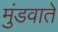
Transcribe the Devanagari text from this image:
मुंडवाते